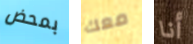
بمحض معك أنا